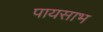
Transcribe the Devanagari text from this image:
पायसाभ